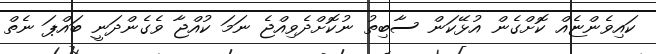
ކައިވެންޏެއް ކޮށްގެން އުޅޭކަން ސާބިތު ނުކޮށްދެވިއްޖެ ނަމަ ކުއްޖާ ވެގެންދަނީ ބައްޕަ ނެތް